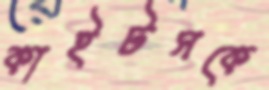
কাইটসকে